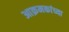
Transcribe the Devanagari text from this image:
आक्रमकांच्या